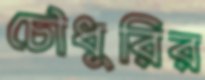
চৌধুরির